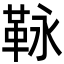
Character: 𩊍